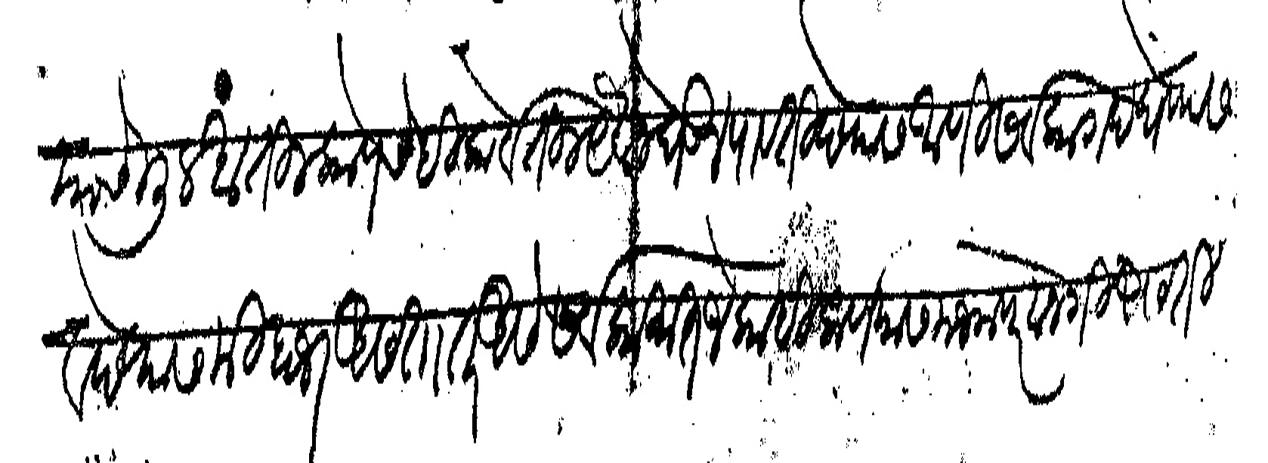
Transliteration (Devanagari): याचे मुलखातील कोणचेही कोर्टातील येवज घेऊन पावती देण्यास आणि सर्व कागद घेण्यास व देण्यास मी हाजर असता तर असे सर्वकामात जे काही कर्णयास मजला परवानगी असती